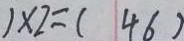
) \times 2 = ( 4 6 )